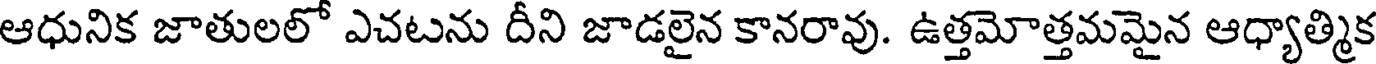
ఆధునిక జాతులలో ఎచటను దీని జాడలైన కానరావు. ఉత్తమోత్తమమైన ఆధ్యాత్మిక